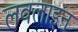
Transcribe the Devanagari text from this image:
लवलाइन